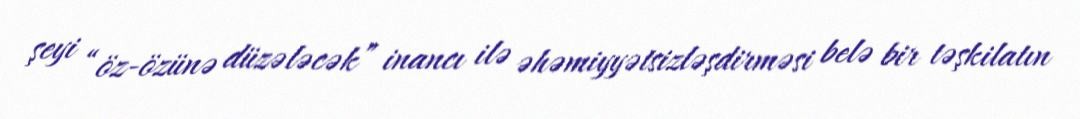
şeyi “öz-özünə düzələcək” inancı ilə əhəmiyyətsizləşdirməsi belə bir təşkilatın